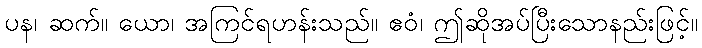
ပန၊ ဆက်။ ယော၊ အကြင်ရဟန်းသည်။ ဧဝံ၊ ဤဆိုအပ်ပြီးသောနည်းဖြင့်။